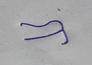
Signature authenticity: forged